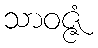
သာဝဇ္ဇံ